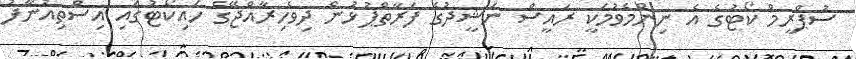
ސުޕްރީމް ކޯޓުގެ އެ ނިންމެވުމަކީ ރައީސް ނަޝީދުގެ ފަރާތްޕުޅުން ދިވެހިރާއްޖޭގެ ހައިކޯޓުގައި އިސްތިއުނާފު